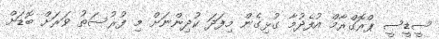
ސީޑީސީ ޕްރޮގްރާމް އުފެދުމާ ގުޅިގެން މިފަދަ ކުދިންނަށް މި ފުރުސަތު ވަރަށް ބޮޑަށް